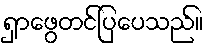
ရှာဖွေတင်ပြပေသည်။